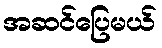
အဆင်ပြေမယ်